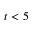
t < 5